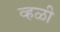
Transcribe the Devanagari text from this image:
व्हळी